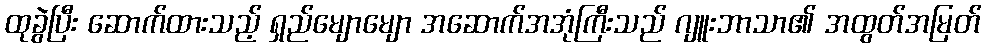
ထုခွဲပြီး ဆောက်ထားသည့် ရှည်မျောမျော အဆောက်အအုံကြီးသည် ဂျူးဘာသာ၏ အထွတ်အမြတ်